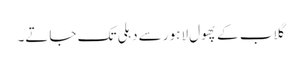
گلاب کے پھول لاہور سے دہلی تک جاتے۔